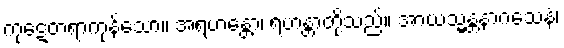
ကုဋေတရာကုန်သော။ အရဟန္တော၊ ရဟန္တာတို့သည်။ အာယသ္မန္တံနာဂသေနံ၊